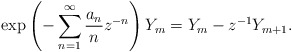
\begin{align*}\exp\left(-\sum^\infty_{n=1}\frac{a_n}{n}z^{-n}\right)Y_m=Y_m-z^{-1}Y_{m+1}.\end{align*}